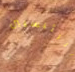
الرئيسيين